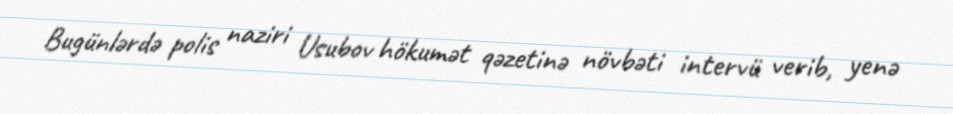
Bugünlərdə polis naziri Usubov hökumət qəzetinə növbəti intervü verib, yenə